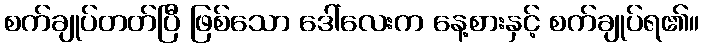
စက်ချုပ်တတ်ပြီ ဖြစ်သော ဒေါ်လေးက နေ့စားနှင့် စက်ချုပ်ရ၏။